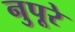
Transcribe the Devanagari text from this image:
नुपूरे